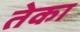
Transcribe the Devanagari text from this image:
तेका